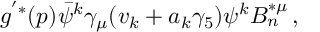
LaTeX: g ^ { ' * } ( p ) \bar { \psi } ^ { k } \gamma _ { \mu } ( v _ { k } + a _ { k } \gamma _ { 5 } ) \psi ^ { k } B _ { n } ^ { * \mu } \, ,